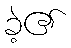
ခဲ့၏